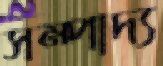
সম্পাদ্য